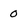
Character: 0